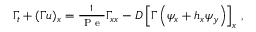
\begin{array} { r } { \Gamma _ { t } + ( \Gamma u ) _ { x } = \frac { 1 } { \mathrm { ~ P ~ e ~ } } \Gamma _ { x x } - D \left[ \Gamma \left( \psi _ { x } + h _ { x } \psi _ { y } \right) \right] _ { x } \, , } \end{array}